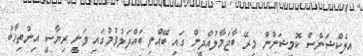
އިލެކްޝަންސް ކޮމިޝަނުން މިރޭ ބާޖަމާލުއްދީން ގައި ބޭއްވި ބައްދަލުވުމުގައި ވަނީ ރިޔާސީ އިންތިޚާބު